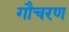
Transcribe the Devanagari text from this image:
गौचरण